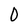
Character: 0